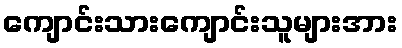
ကျောင်းသားကျောင်းသူများအား